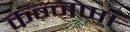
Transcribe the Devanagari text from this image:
कन्नप्पा